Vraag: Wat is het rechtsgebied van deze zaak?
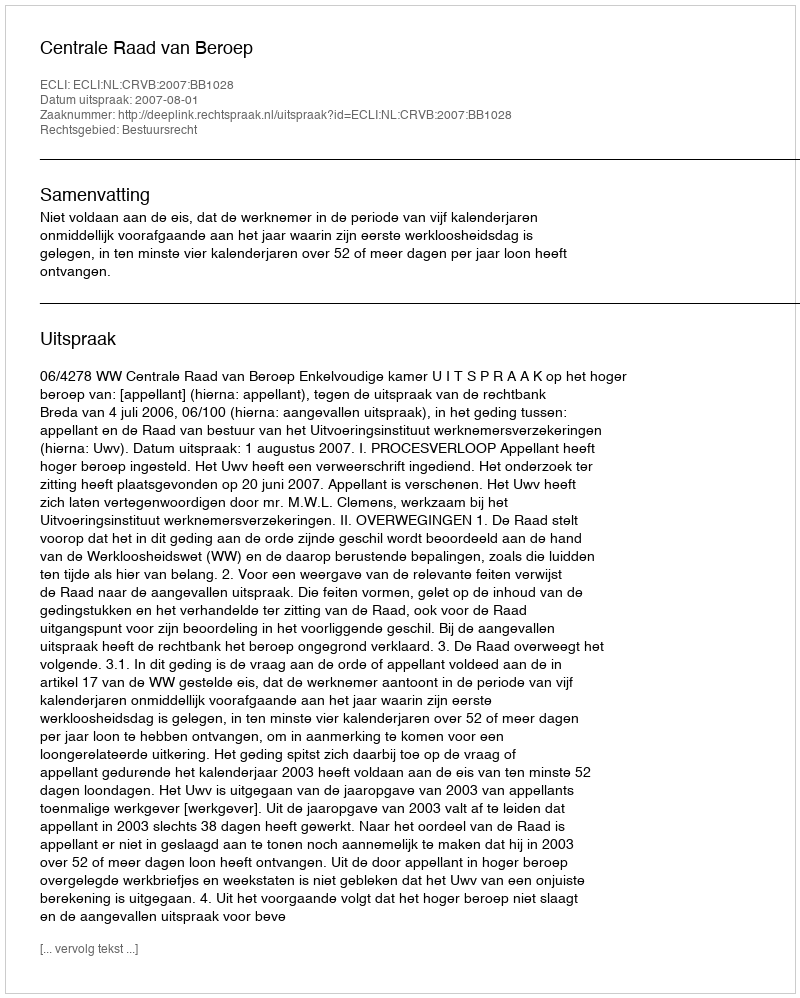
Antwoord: Bestuursrecht